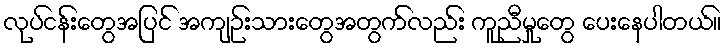
လုပ်ငန်းတွေအပြင် အကျဉ်းသားတွေအတွက်လည်း ကူညီမှုတွေ ပေးနေပါတယ်။